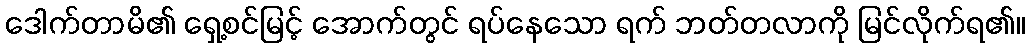
ဒေါက်တာမိ၏ ရှေ့စင်မြင့် အောက်တွင် ရပ်နေသော ရက် ဘတ်တလာကို မြင်လိုက်ရ၏။